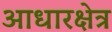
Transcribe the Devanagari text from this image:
आधारक्षेत्र